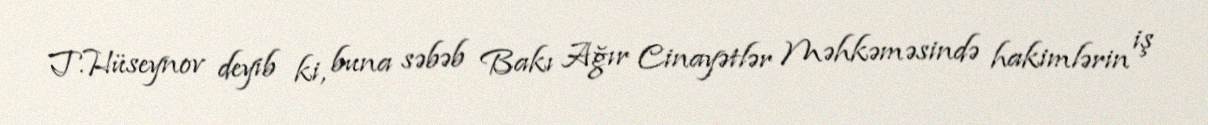
T.Hüseynov deyib ki, buna səbəb Bakı Ağır Cinayətlər Məhkəməsində hakimlərin iş